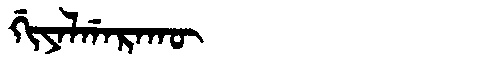
Manchu: ᡤᡳᠶᠠᠯᡤᠠᡵᠠᡴᡡ
Romanization: GIYALGARAKŪ